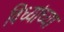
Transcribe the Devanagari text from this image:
विंध्यांच्या